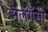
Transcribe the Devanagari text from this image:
मॅलॅगॅसी